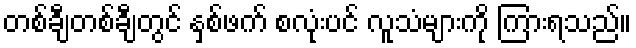
တစ်ချီတစ်ချီတွင် နှစ်ဖက် စလုံးပင် လူသံများကို ကြားရသည်။